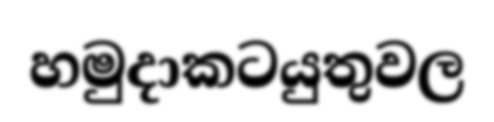
හමුදාකටයුතුවල